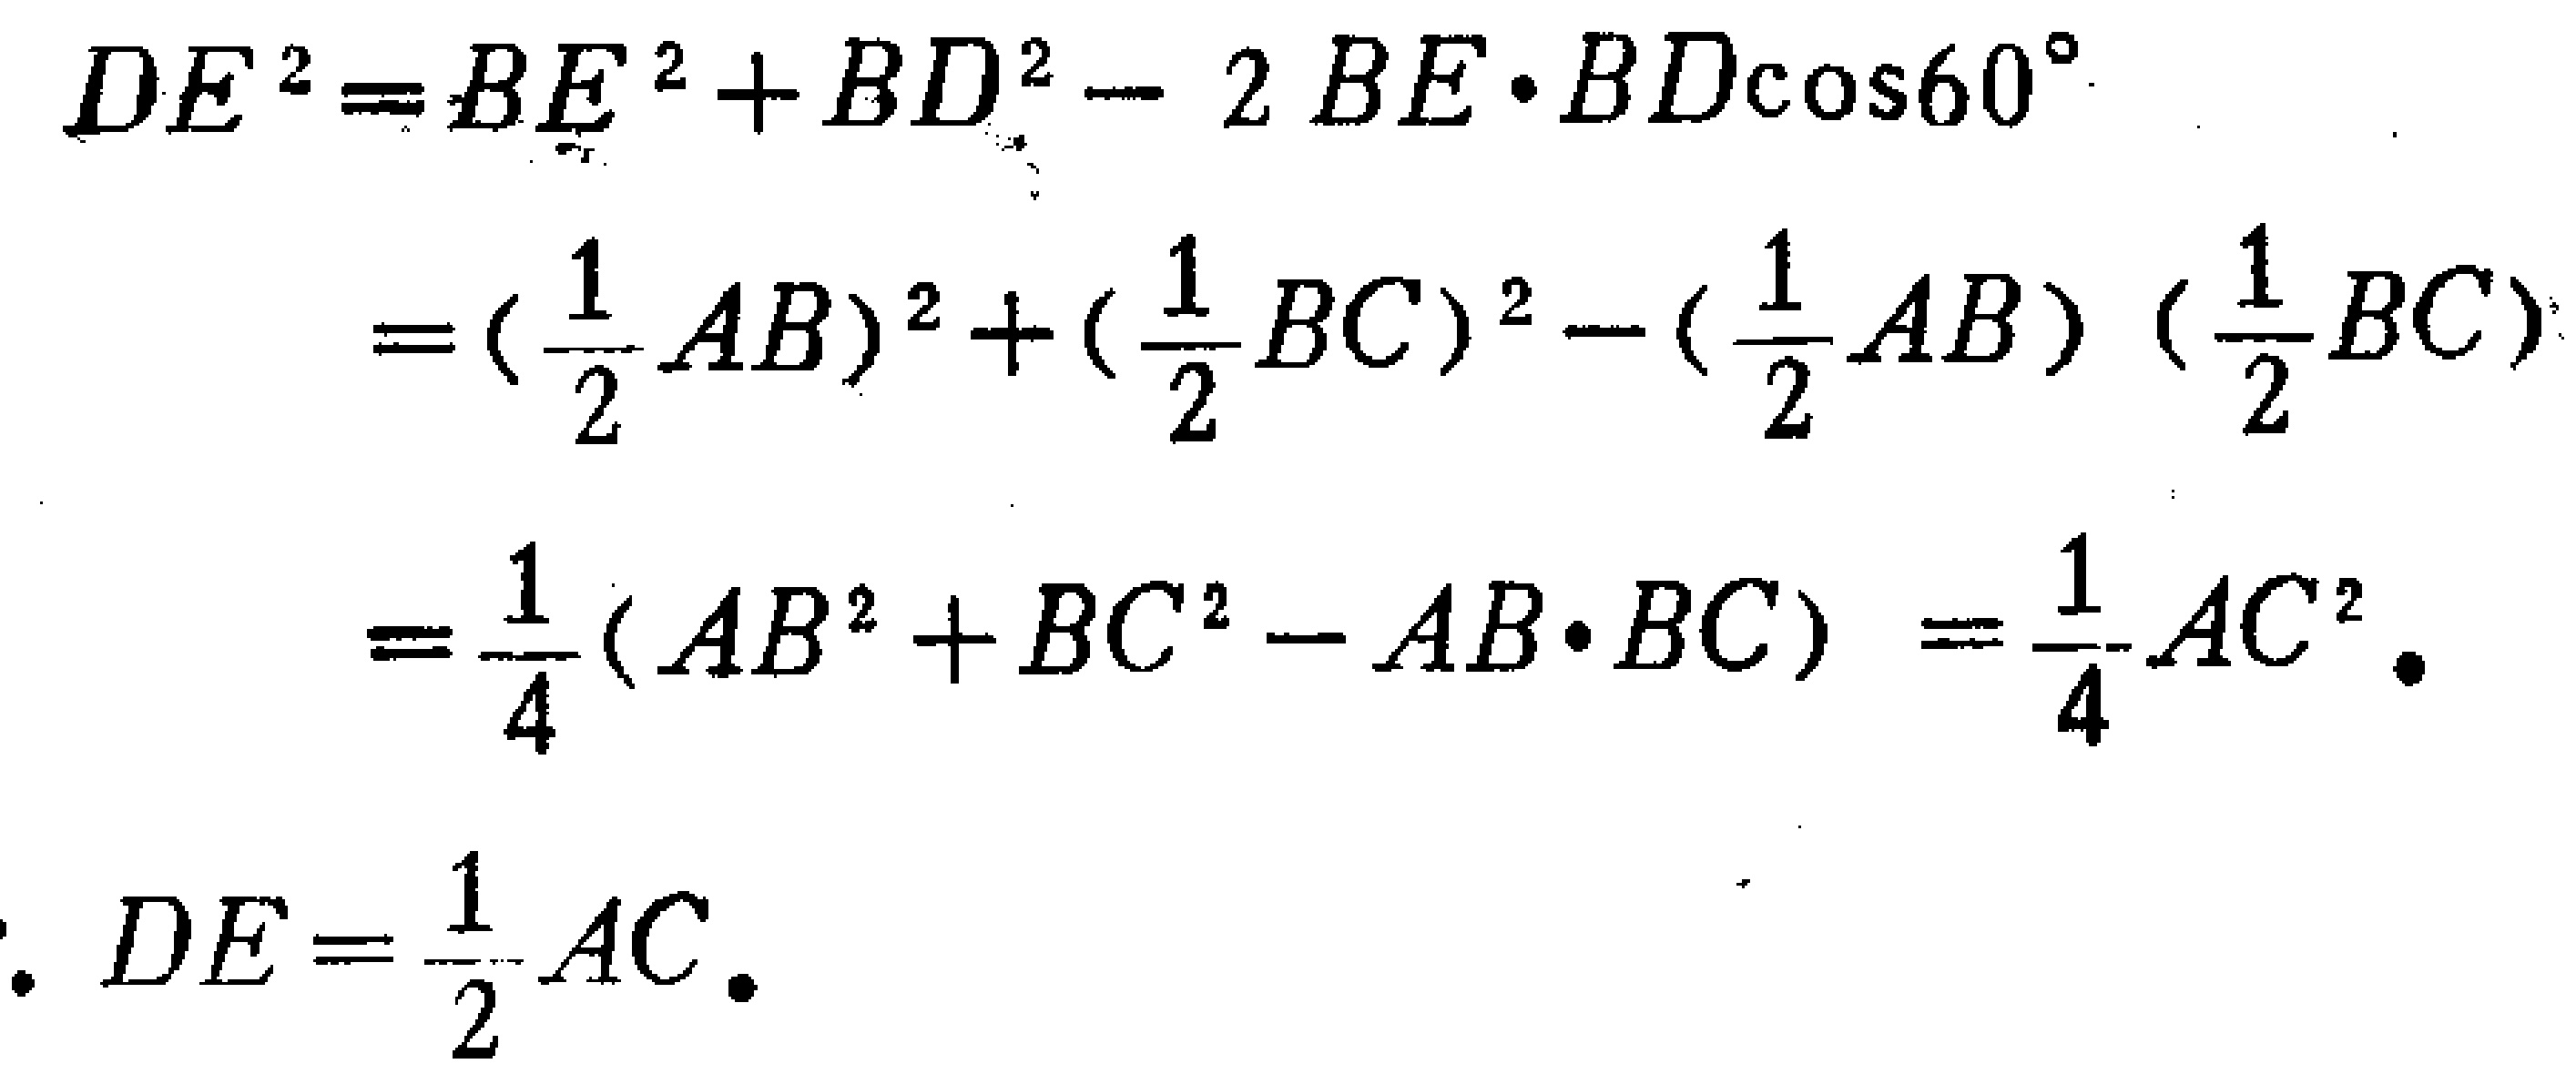
\[
\begin{align*}
DE^{2}&=BE^{2}+BD^{2}-2BE\cdot BD\cos60^{\circ}\\
&=(\frac{1}{2}AB)^{2}+(\frac{1}{2}BC)^{2}-(\frac{1}{2}AB)(\frac{1}{2}BC)\\
&=\frac{1}{4}(AB^{2}+BC^{2}-AB\cdot BC)=\frac{1}{4}AC^{2}\\
\end{align*}
\]
\(\therefore DE = \frac{1}{2}AC\)